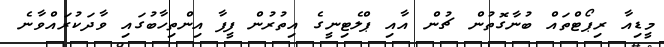
މީޑިއާ ރިޕޯޓްތައް ބުނާގޮތުން ޗުން އާއި ޕްލެޓިނީގެ އިތުރުން ފީފާ އިންތިހާބުގައި ވާދަކުރައްވާނެ